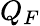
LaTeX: Q_{F}